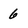
Character: 6